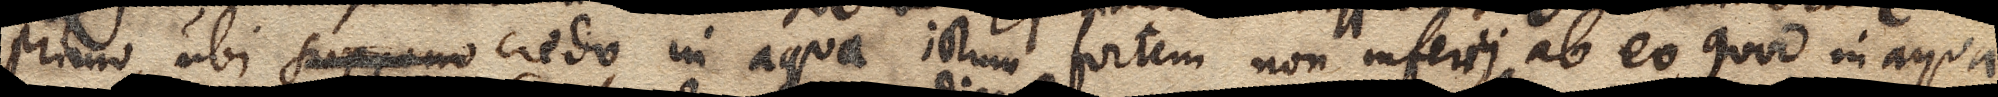
primo, ubi suppono credo in aqua ictum fortem non inferri, ab eo quod in aqua